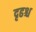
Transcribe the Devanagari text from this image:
दृढश्च